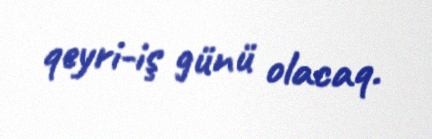
qeyri-iş günü olacaq.